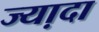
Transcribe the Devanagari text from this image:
ज्या़दा